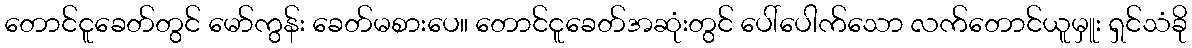
တောင်ငူခေတ်တွင် မော်ကွန်း ခေတ်မစားပေ။ တောင်ငူခေတ်အဆုံးတွင် ပေါ်ပေါက်သော လက်တောင်ယူမှူး ရှင်သံခို